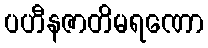
ပဟီနဇာတိမရဏော